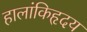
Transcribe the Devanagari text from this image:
हालांकिहृदय